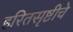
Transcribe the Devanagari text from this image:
हरितसृष्टीचे